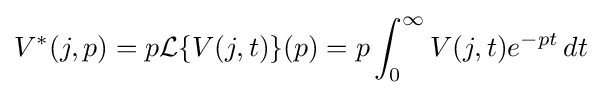
V^{\ast }(j,p)=p{\mathcal {L}}\{V(j,t)\}(p)=p\int _{0}^{\infty }V(j,t)e^{-pt}\,dt